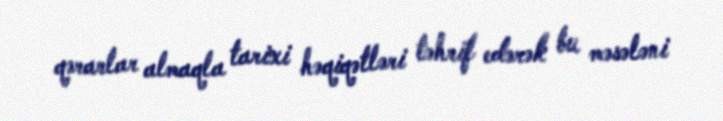
qərarlar almaqla tarixi həqiqətləri təhrif edərək bu məsələni